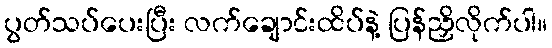
ပွတ်သပ်ပေးပြီး လက်ချောင်းထိပ်နဲ့ ပြန်ညှိလိုက်ပါ။